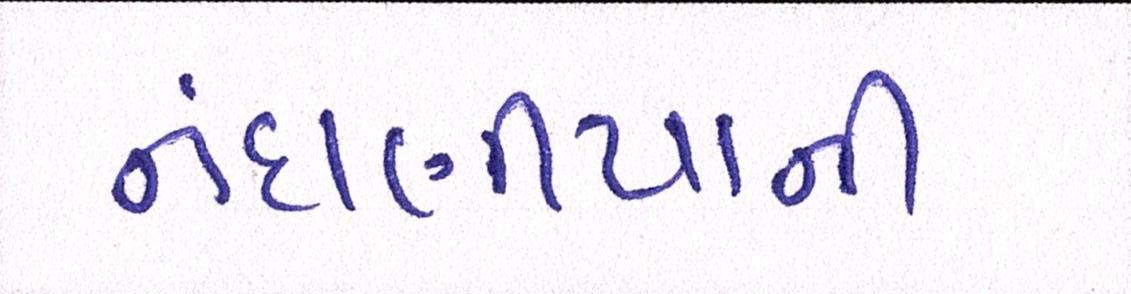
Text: નંદાણીયાની